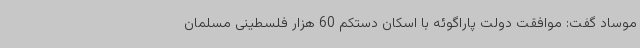
موساد گفت: موافقت دولت پاراگوئه با اسکان دستکم 60 هزار فلسطینی مسلمان